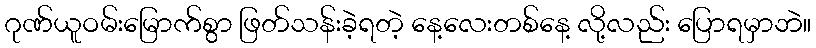
ဂုဏ်ယူဝမ်းမြောက်စွာ ဖြတ်သန်းခဲ့ရတဲ့ နေ့လေးတစ်နေ့ လို့လည်း ပြောရမှာဘဲ။